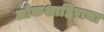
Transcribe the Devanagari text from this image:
लोकशाहिराचा